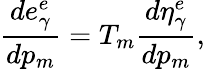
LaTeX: \frac{de_{\gamma}^{e}}{dp_{m}}=T_{m}\frac{d\eta_{\gamma}^{e}}{dp_{m}},